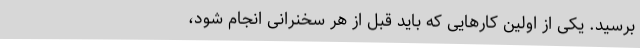
برسید. یکی از اولین کارهایی که باید قبل از هر سخنرانی انجام شود،